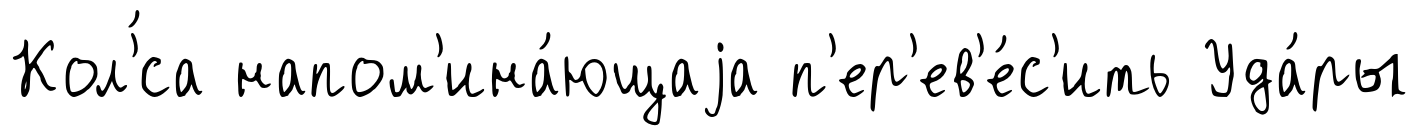
Кол'́са напом'ина́ющаjа п'ер'ев'е́с'ить Уда́ры